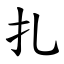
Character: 扎